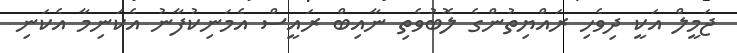
ޖަމީލް އަކީ ދިވެހި ރައްޔިތުންގެ ލޮބުވެތި ނާއިބް ރައީސް އެމަނިކުފާނު އެކަނިމާ އެކަނި